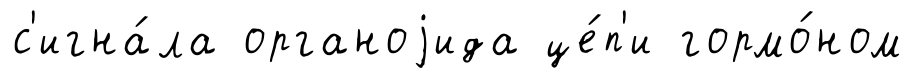
с'игна́ла органоjида це́п'и гормо́ном